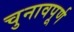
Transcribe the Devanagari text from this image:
चुनावपूर्ण